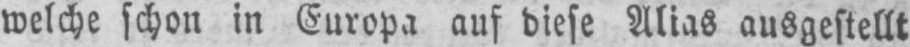
welche schon in Europa auf diese Alias ausgestellt